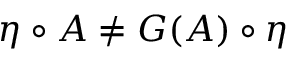
\eta \circ A \neq G ( A ) \circ \eta